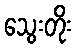
သွေးတိုး